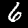
Label: 6